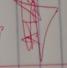
Signature authenticity: genuine